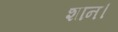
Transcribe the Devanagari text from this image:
शान।